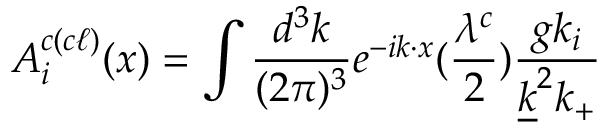
A _ { i } ^ { c ( c \ell ) } ( x ) = \int { \frac { d ^ { 3 } k } { ( 2 \pi ) ^ { 3 } } } e ^ { - i k \cdot x } ( { \frac { \lambda ^ { c } } { 2 } } ) { \frac { g k _ { i } } { { \underline { { k } } } ^ { 2 } k _ { + } } }